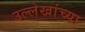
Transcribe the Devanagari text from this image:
उल्लेखांच्या